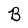
Character: B